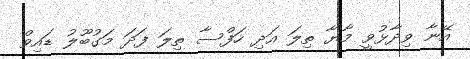
އޭނާ ވިދާޅުވީ މާޔާ ތިލަ އަދި ހަފްސާ ތިލަ ފަދަ މަގުބޫލު ޑައިވް